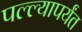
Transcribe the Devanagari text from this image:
पल्ल्यापर्यंत